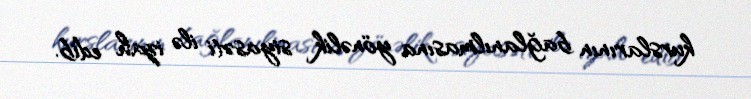
kurslarının bağlanılmasına yönəlik siyasəti ilə izah edib.